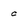
Character: c